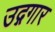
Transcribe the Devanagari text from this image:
उद्गगार